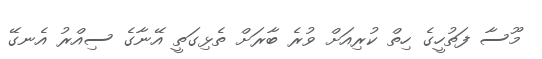
މޫސާ ފަތުހީގެ ހިތް ކުރިއަށް ވުރެ ބާރަށް ތެޅިގަތީ އޭނާގެ ސިއްރު އެނގޭ